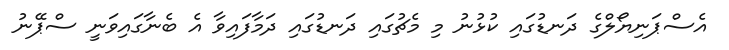
އެސްޕަނިޔޯލްގެ ދަނޑުގައި ކުޅުނު މި މެޗުގައި ދަނޑުގައި ދަމާފައިވާ އެ ބެނާގައިވަނީ ސްޕޭނު